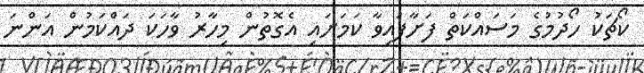
ކޯޗަކު ހޯދުމުގެ މަސައްކަތް ފަށާފައިވާ ކަމަށައި އެގޮތުން މިހާރު ވާހަކަ ދައްކަމުން އަންނަ